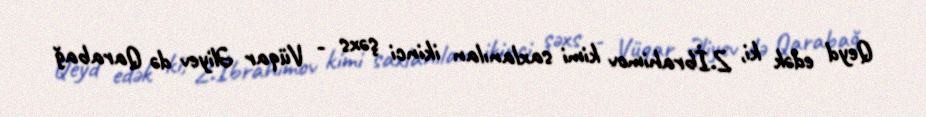
Qeyd edək ki, Z.İbrahimov kimi saxlanılan ikinci şəxs - Vüqar Əliyev də Qarabağ